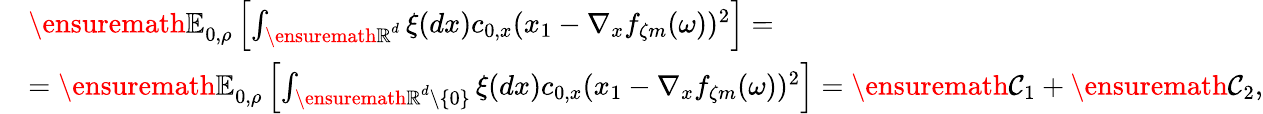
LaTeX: \begin{array}{rl}&{{\ensuremath{\mathbb E}}_{0,\rho}\left[\int_{{\ensuremath{\mathbb R}}^{d}}\xi(dx)c_{0,x}(x_{1}-\nabla_{x}f_{\zeta m}(\omega))^{2}\right]=}\\ &{={\ensuremath{\mathbb E}}_{0,\rho}\left[\int_{{\ensuremath{\mathbb R}}^{d}\setminus\{ 0\} }\xi(dx)c_{0,x}(x_{1}-\nabla_{x}f_{\zeta m}(\omega))^{2}\right]=\ensuremath{\mathcal C}_{1}+\ensuremath{\mathcal C}_{2},}\end{array}